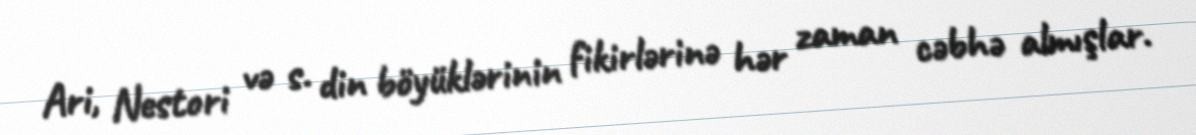
Ari, Nestori və s. din böyüklərinin fikirlərinə hər zaman cəbhə almışlar.